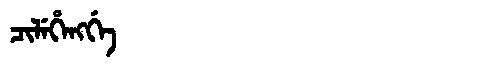
Manchu: ᠴᡳᠯᡝᡥᡝᠩᡤᡝ
Romanization: CILEHENGGE